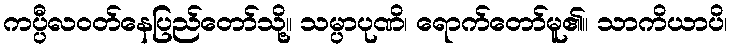
ကပ္ပီလဝတ်နေပြည်တော်သို့။ သမ္ပာပုဏိ၊ ရောက်တော်မူ၏။ သာကိယာပိ၊